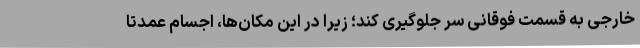
خارجی به قسمت فوقانی سر جلوگیری کند؛ زیرا در این مکان‌ها، اجسام عمدتا